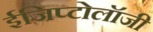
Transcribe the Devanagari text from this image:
ईजिप्टोलॉजी